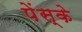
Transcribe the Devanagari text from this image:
पेंस्के